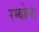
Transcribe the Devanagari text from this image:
रम्बोल्ड